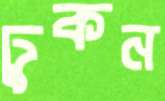
ঢুকন